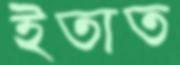
ইতাত